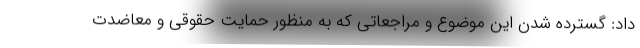
داد: گسترده شدن این موضوع و مراجعاتی که به منظور حمایت حقوقی و معاضدت